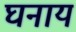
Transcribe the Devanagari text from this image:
घनाय